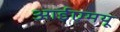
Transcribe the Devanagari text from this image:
आईएमयू